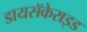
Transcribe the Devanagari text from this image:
डायसॅकेराइड